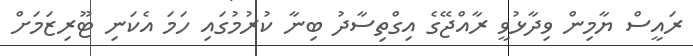
ރައީސް ޔާމިން ވިދާޅުވީ ރާއްޖޭގެ އިގްތިސާދު ބިނާ ކުރުމުގައި ހަމަ އެކަނި ޓޫރިޒަމަށް